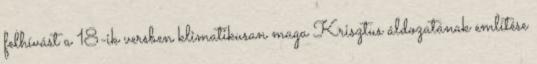
felhívást a 18-ik versben klimatikusan maga Krisztus áldozatának említése